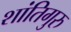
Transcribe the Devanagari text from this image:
शांतिगुरु